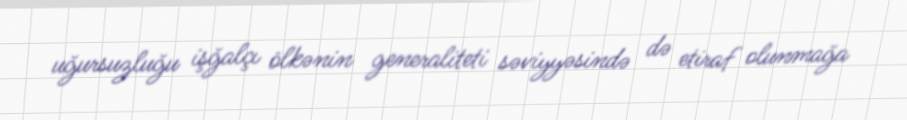
uğursuzluğu işğalçı ölkənin generaliteti səviyyəsində də etiraf olunmağa